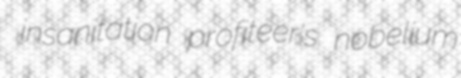
insanitation profiteer's nobelium